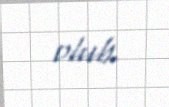
olub.